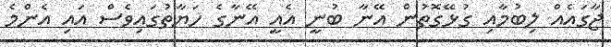
ޖާގައެއް ލިބުމާއި ގުޅޭގޮތުން އޭނާ ބުނީ އެއީ އޭނާގެ ހަޔާތުގައިވެސް އައި އެންމެ